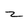
Character: z